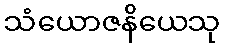
သံယောဇနိယေသု